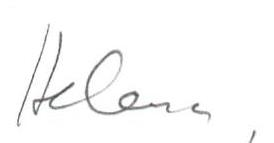
Helena,